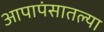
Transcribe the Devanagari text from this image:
आपापंसातल्या